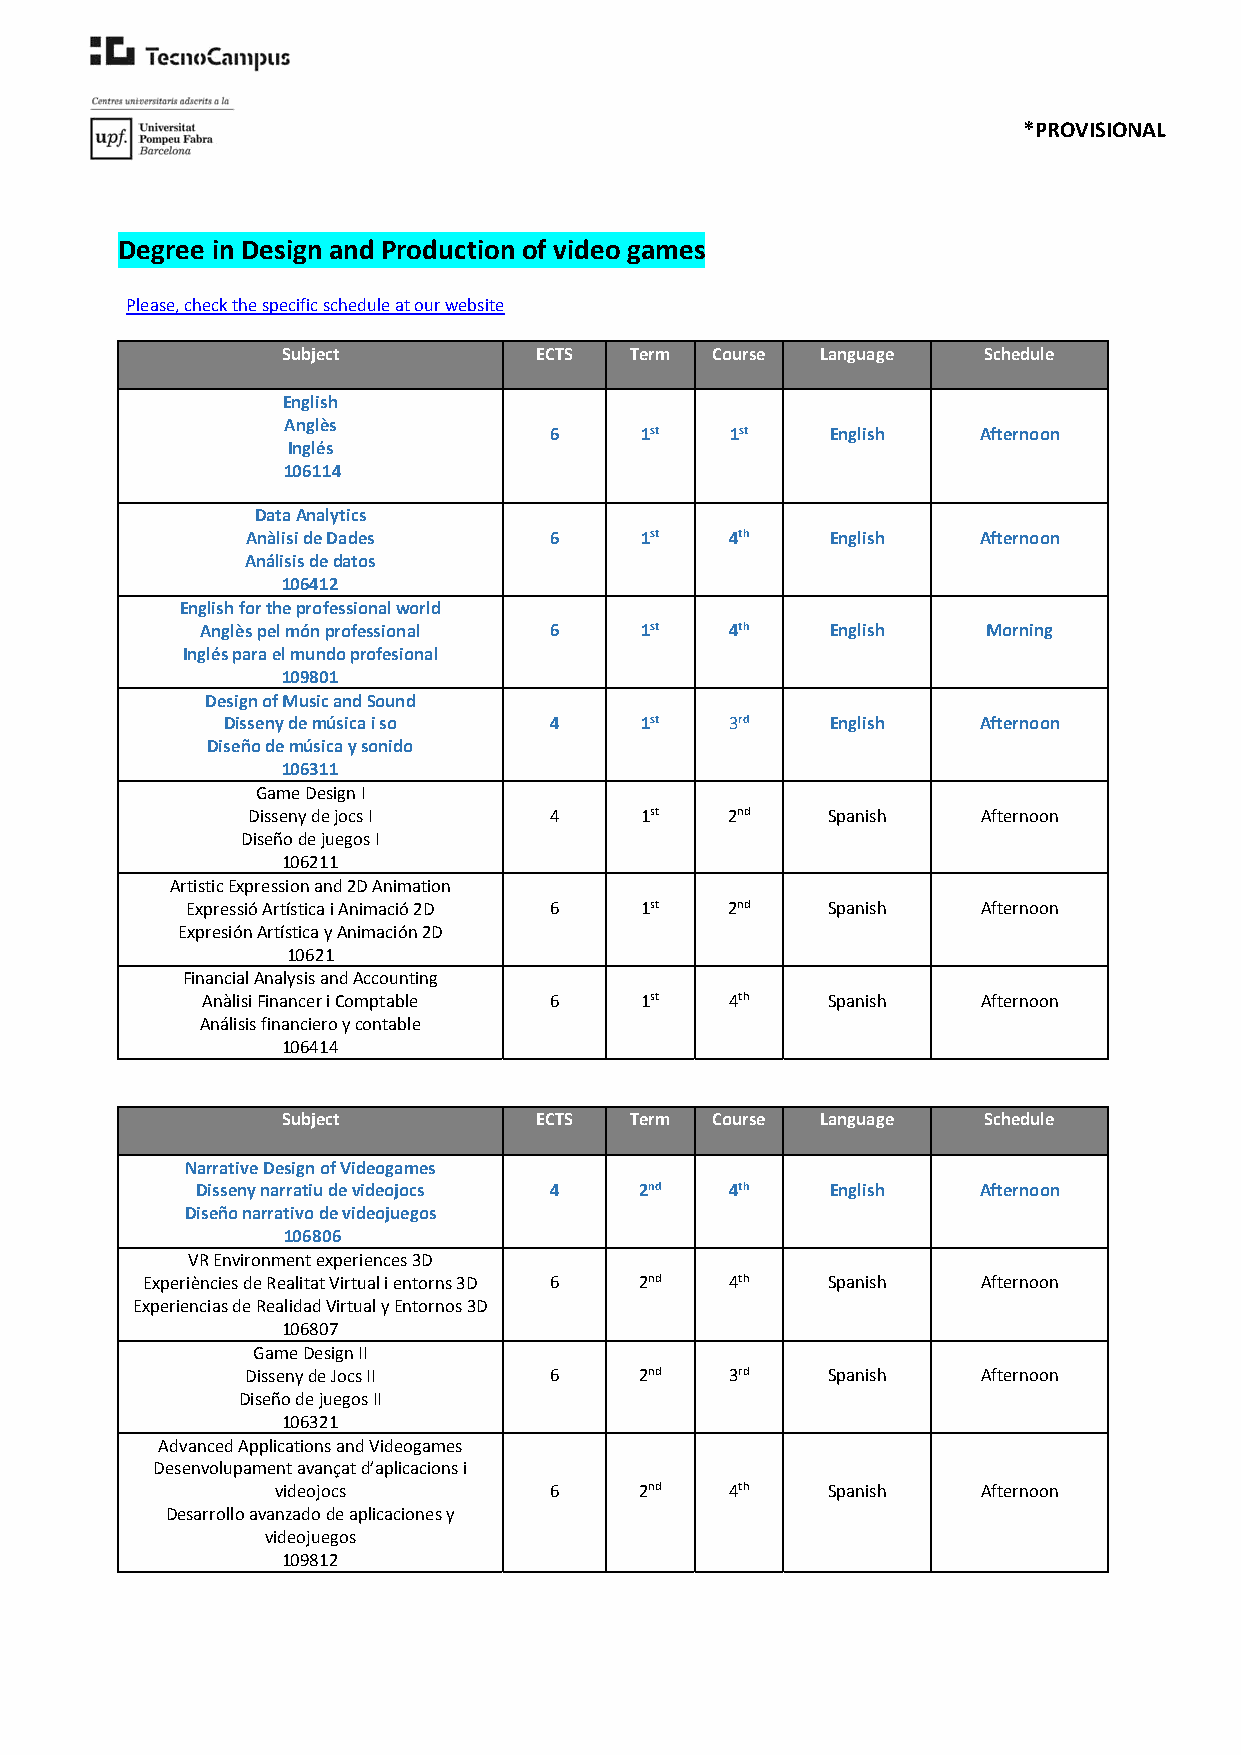
*PROVISIONAL
 Degree in Design and Production of video games
 Please, check the specific schedule at our website
 Subject         ECTS   Term Course Language   Schedule
 English
 Anglès
 6     1st   1st    English   Afternoon
 Inglés
 106114
 Data Analytics
 Anàlisi de Dades    6     1st   4th    English   Afternoon
 Análisis de datos
 106412
 English for the professional world
 Anglès pel món professional 6 1st  4th    English   Morning
 Inglés para el mundo profesional
 109801
 Design of Music and Sound
 Disseny de música i so 4   1st   3rd    English   Afternoon
 Diseño de música y sonido
 106311
 Game Design I
 Disseny de jocs I   4     1st   2nd    Spanish   Afternoon
 Diseño de juegos I
 106211
 Artistic Expression and 2D Animation
 Expressió Artística i Animació 2D 6 1st 2nd Spanish  Afternoon
 Expresión Artística y Animación 2D
 10621
 Financial Analysis and Accounting
 Anàlisi Financer i Comptable 6 1st 4th    Spanish   Afternoon
 Análisis financiero y contable
 106414
 Subject         ECTS   Term Course Language   Schedule
 Narrative Design of Videogames
 Disseny narratiu de videojocs 4 2nd 4th   English   Afternoon
 Diseño narrativo de videojuegos
 106806
 VR Environment experiences 3D
 Experiències de Realitat Virtual i entorns 3D 6 2nd 4th Spanish Afternoon
 Experiencias de Realidad Virtual y Entornos 3D
 106807
 Game Design II
 Disseny de Jocs II  6     2nd   3rd    Spanish   Afternoon
 Diseño de juegos II
 106321
 Advanced Applications and Videogames
 Desenvolupament avançat d’aplicacions i
 videojocs         6     2nd   4th    Spanish   Afternoon
 Desarrollo avanzado de aplicaciones y
 videojuegos
 109812